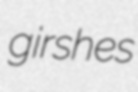
girshes